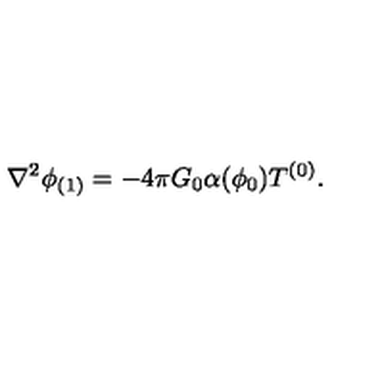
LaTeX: \nabla ^ { 2 } \phi _ { ( 1 ) } = - 4 \pi G _ { 0 } \alpha ( \phi _ { 0 } ) T ^ { ( 0 ) } .